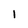
Character: 1